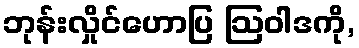
ဘုန်းလှိုင်ဟောပြ ဩဝါဒကို,